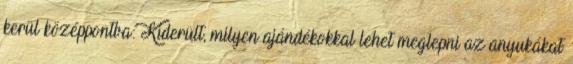
kerül középpontba: Kiderült, milyen ajándékokkal lehet meglepni az anyukákat